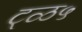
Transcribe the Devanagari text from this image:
ट्ळ५